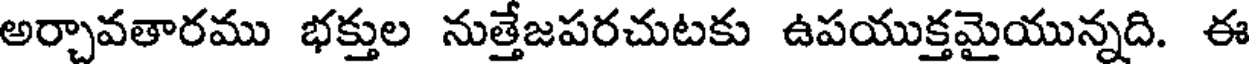
అర్చావతారము భక్తుల నుత్తేజపరచుటకు ఉపయుక్తమైయున్నది. ఈ